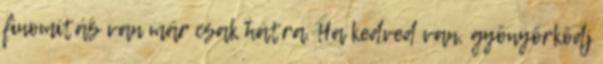
finomítás van már csak hátra. Ha kedved van, gyönyörködj